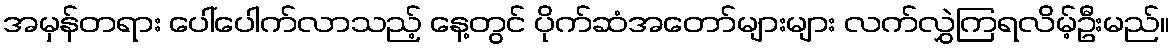
အမှန်တရား ပေါ်ပေါက်လာသည့် နေ့တွင် ပိုက်ဆံအတော်များများ လက်လွှဲကြရလိမ့်ဦးမည်။